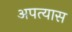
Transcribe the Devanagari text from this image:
अपत्यास